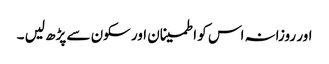
اور روزانہ اس کو اطمینان اور سکون سے پڑھ لیں ۔